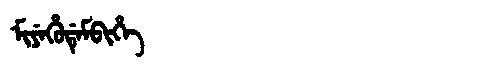
Manchu: ᠮᡳᠶᡝᡥᡠᡩᡝᠮᠪᡳᡥᡝ
Romanization: MIYEHUDEMBIHE